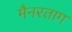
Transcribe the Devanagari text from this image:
मैनरताग